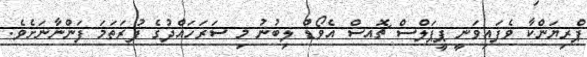
ޕްރިޔަންކާ ވެފައިވަނީ ޕީޕަލްސް ޗޮއސް އެވޯޑް ލިބުނު މި ސަރަހައްދުގެ ފުރަތަމަ ފަންނާނަށެވެ.